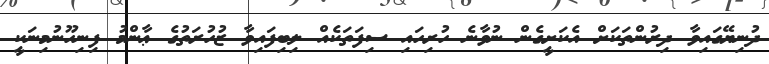
ދުނިޔޭގައިވާ ދިރުންތަކަށް އެކަށީގެން ނުވާނެ ހުރިހައި ސިފަތަކެއް ލިބިފައިވާ ޒުހުރަތުގެ ޢާންމު ފިނިހޫނުމިނަކީ